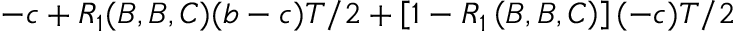
- c + R _ { 1 } ( B , B , C ) ( b - c ) T / 2 + \left[ 1 - R _ { 1 } \left( B , B , C \right) \right] ( - c ) T / 2